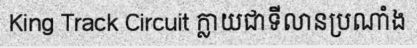
King Track Circuit ក្លាយជាទីលានប្រណាំង